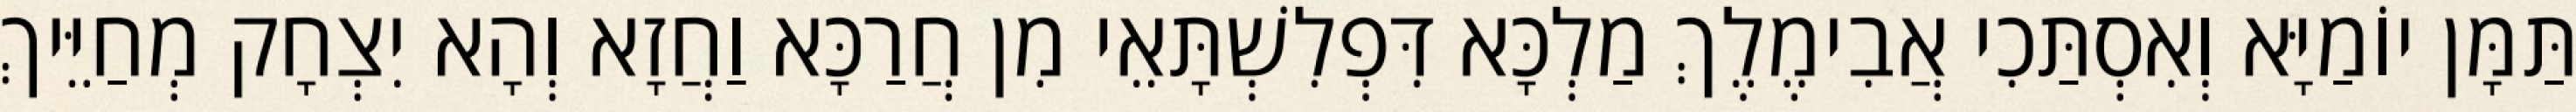
תַּמָּן יוֹמַיָּא וְאִסְתַּכִי אֲבִימֶלֶךְ מַלְכָּא דִּפְלִשְׁתָּאֵי מִן חֲרַכָּא וַחֲזָא וְהָא יִצְחָק מְחַיֵּיךְ